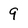
Character: 9